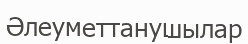
Әлеуметтанушылар